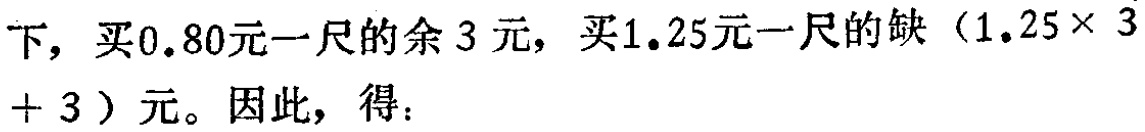
下，买\(0.80\)元一尺的余\(3\)元，买\(1.25\)元一尺的缺\((1.25\times 3 + 3)\)元。因此，得：